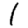
Digit: 1